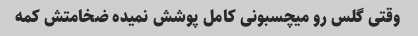
وقتی گلس رو میچسبونی کامل پوشش نمیده ضخامتش کمه